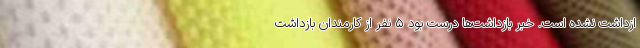
ازداشت نشده است. خبر بازداشت‌ها درست بود ۵ نفر از کارمندان بازداشت